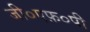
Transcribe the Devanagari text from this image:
जी०एफ़०पी